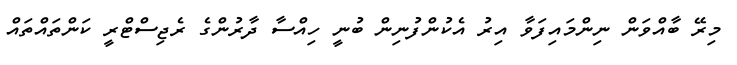
މިރޭ ބާއްވަން ނިންމައިފަވާ އިރު އެކުންފުނިން ބުނީ ހިއްސާ ދާރުންގެ ރެޖިސްޓްރީ ކަންތައްތައް